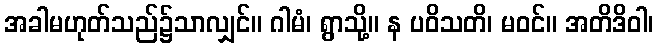
အခါမဟုတ်သည်၌သာလျှင်။ ဂါမံ၊ ရွာသို့။ န ပဝိသတိ၊ မဝင်။ အတိဒိဝါ၊